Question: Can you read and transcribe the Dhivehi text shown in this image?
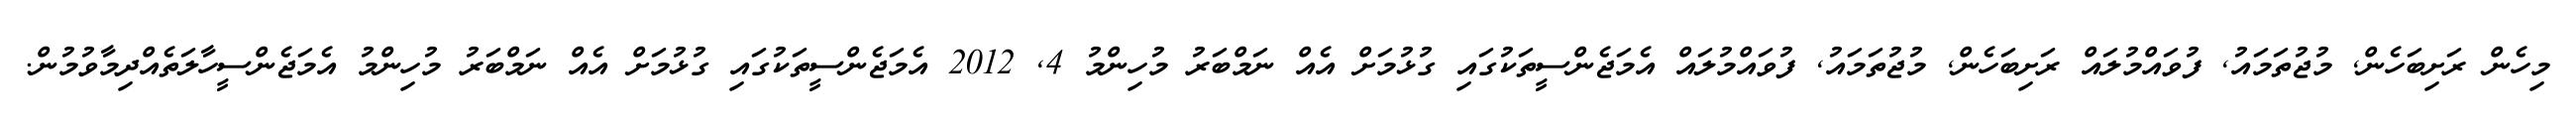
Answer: މިހެން ރަށިބަހެން, މުޖުތަމައު, ފުވައްމުލައް ރަށިބަހެން, މުޖުތަމައު, ފުވައްމުލައް އެމަޖެންސީތަކުގައި ގުޅުމަށް އެއް ނަމްބަރު މުހިންމު 4, 2012 އެމަޖެންސީތަކުގައި ގުޅުމަށް އެއް ނަމްބަރު މުހިންމު އެމަޖެންސީހާލަތެއްދިމާވުމުން.